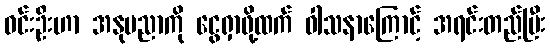
ဝင်းဦးဟာ အနုပညာကို ငွေရှာဖို့ထက် ဝါသနာကြောင့် အရင်းတည်ပြီး